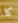
كلا